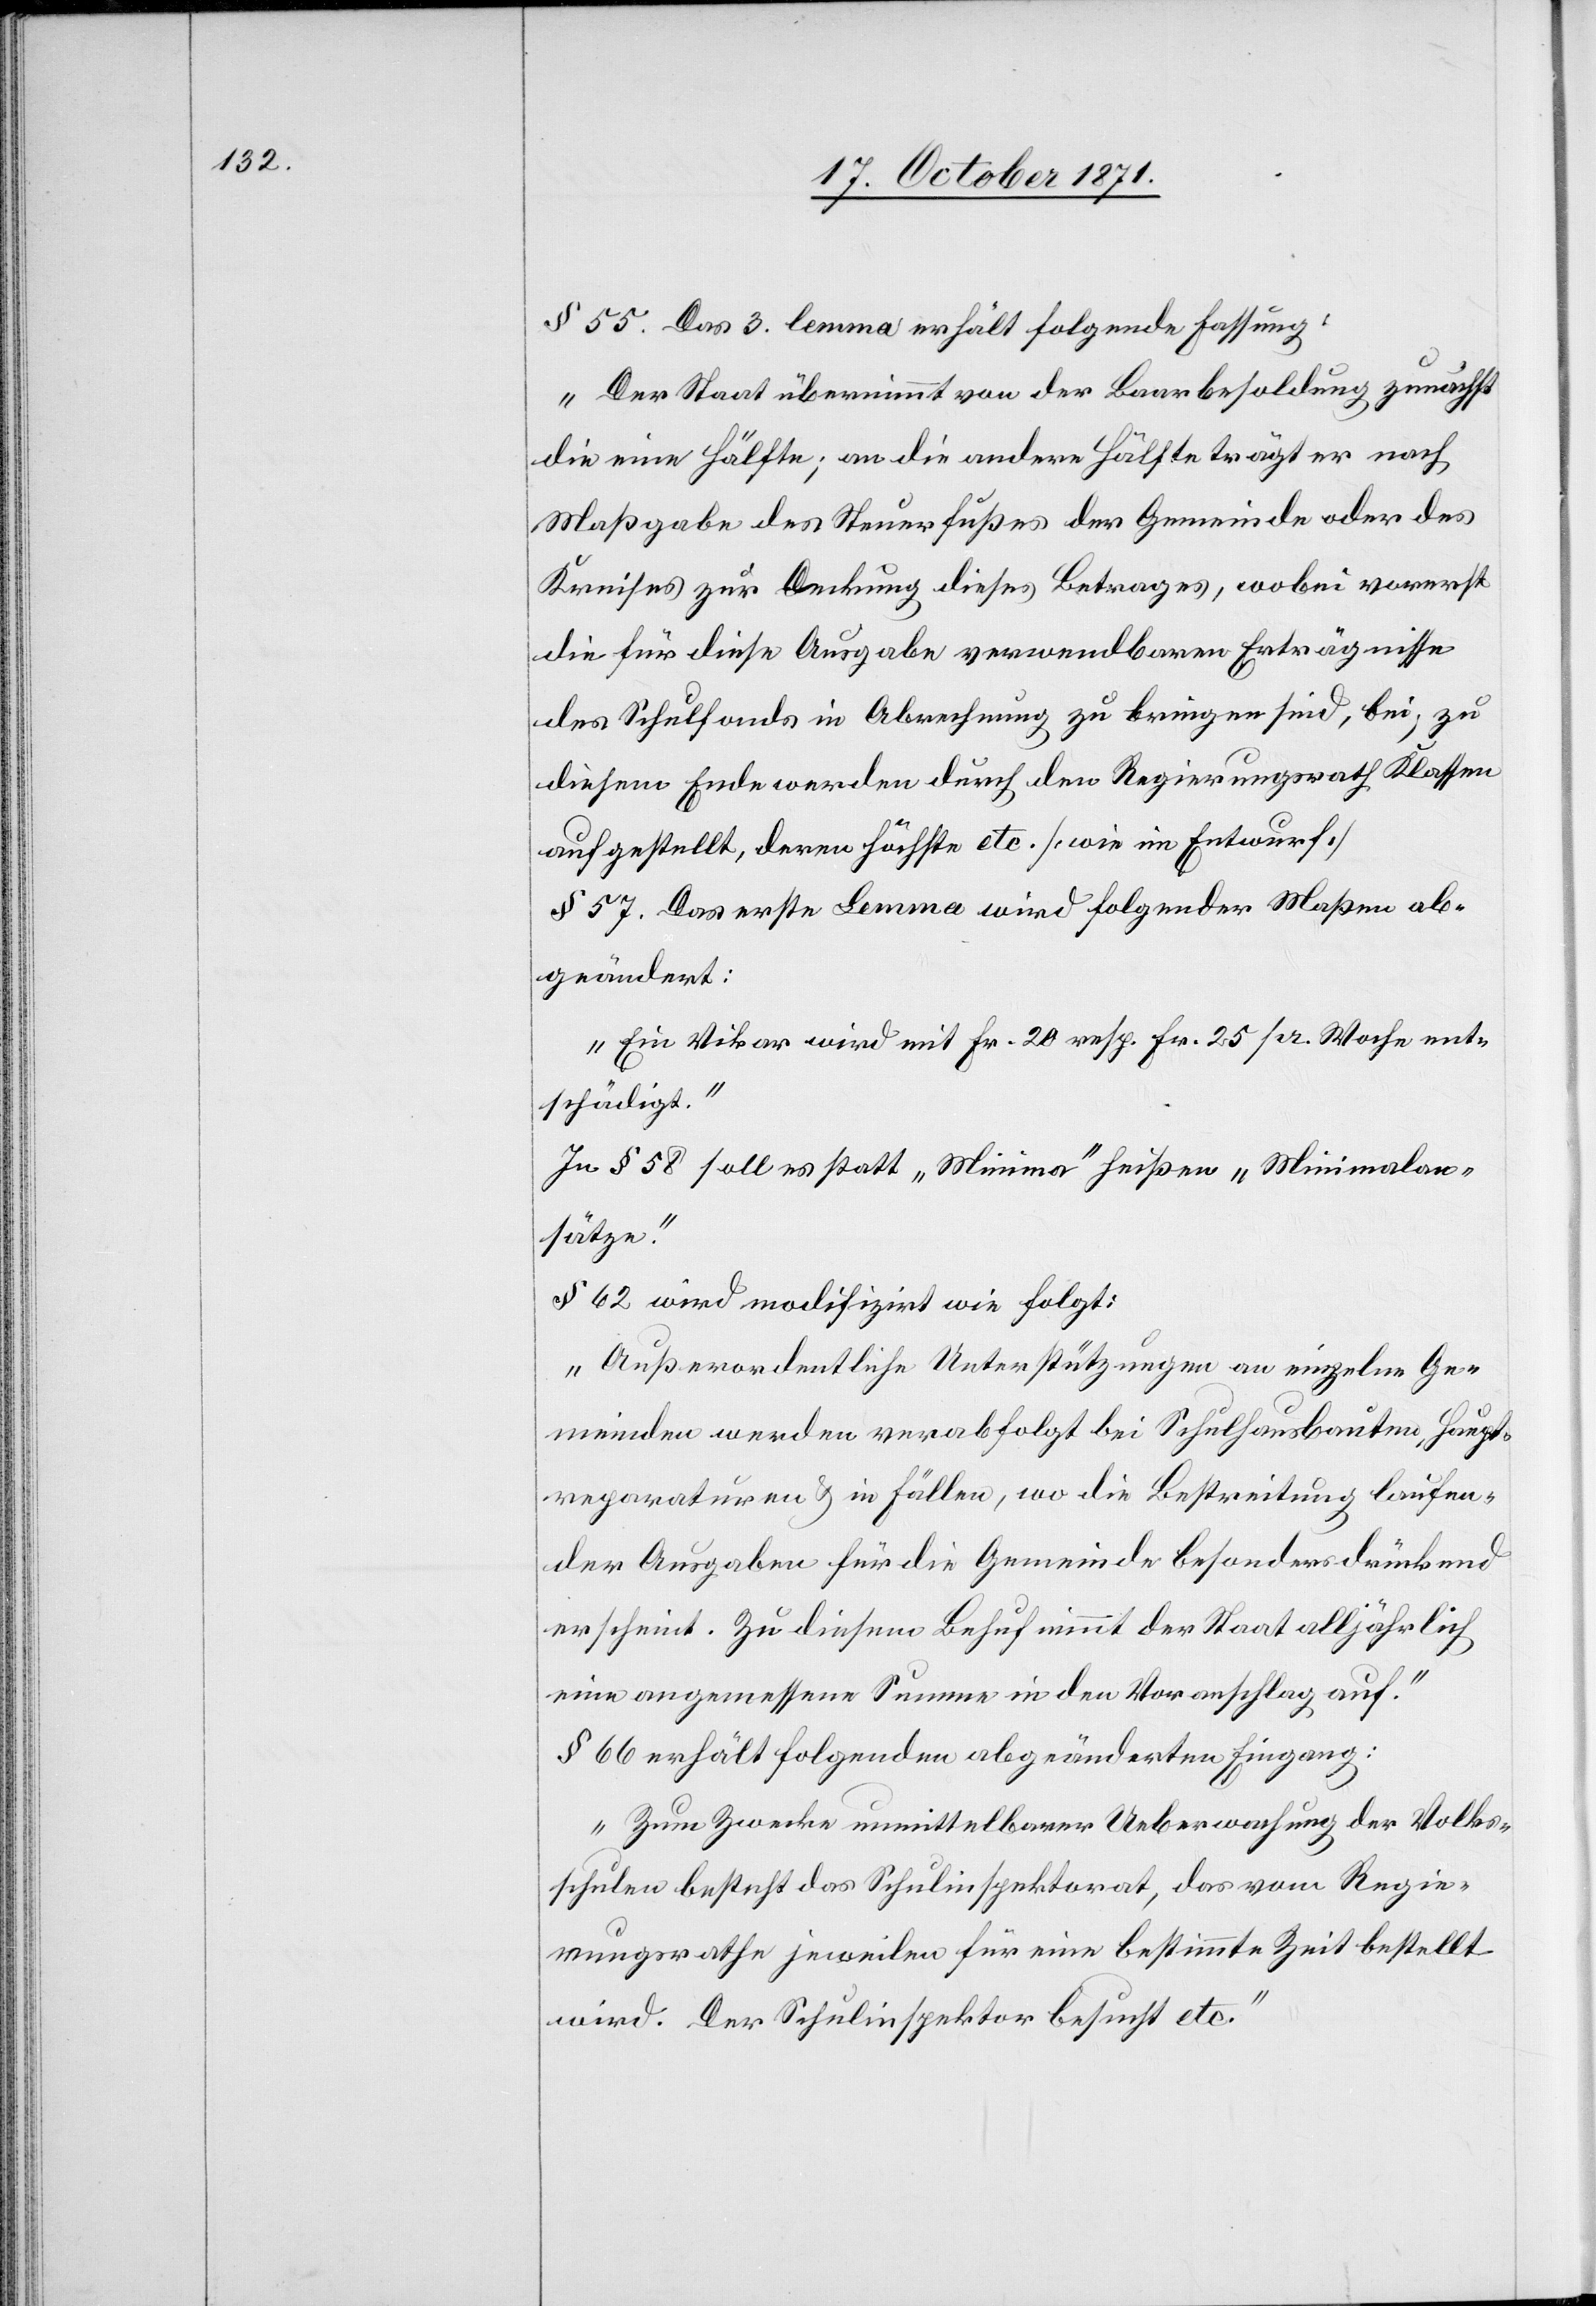
§ 55. Das 3. Lemma erhält folgende Fassung:
„Der Staat übernimmt von der Baarbesoldung zunächst
die eine Hälfte, an die andere Hälfte trägt er nach
Maßgabe des Steuerfußes der Gemeinde oder des
Kreises zur Deckung dieses Betrages, wobei vorerst
die für diese Ausgabe verwendbaren Erträgnisse
des Schulfonds in Abrechnung zu bringen sind, bei, zu
diesem Ende werden durch den Regierungsrath Klassen
aufgestellt, deren höchste etc. [wie im Entwurf][“]
§ 57. Das erste Lemma wird folgender Maßen ab¬
geändert:
„Ein Vikar wird mit Fr. 20 resp. Fr 25 pr. Woche ent¬
schädigt.“
In § 58 soll es statt „Minima“ heißen „Minimalan¬
sätze.“
§ 62 wird modifizirt wie folgt:
„Außerordentliche Unterstützungen an einzelne Ge¬
meinden werden verabfolgt bei Schulhausbauten, Haupt¬
reparaturen & in Fällen, wo die Bestreitung laufen¬
der Ausgaben für die Gemeinde besonders drückend
erscheint. Zu diesem Behuf nimmt der Staat alljährlich
eine angemessene Summe in den Voranschlag auf.“
§ 66 erhält folgenden abgeänderten Eingang:
„Zum Zwecke unmittelbarer Ueberwachung der Volks¬
schule besteht das Schulinspektorat, das vom Regie¬
rungsrathe jeweils für eine bestimmte Zeit bestellt
wird. Der Schulinspektor besucht etc.“